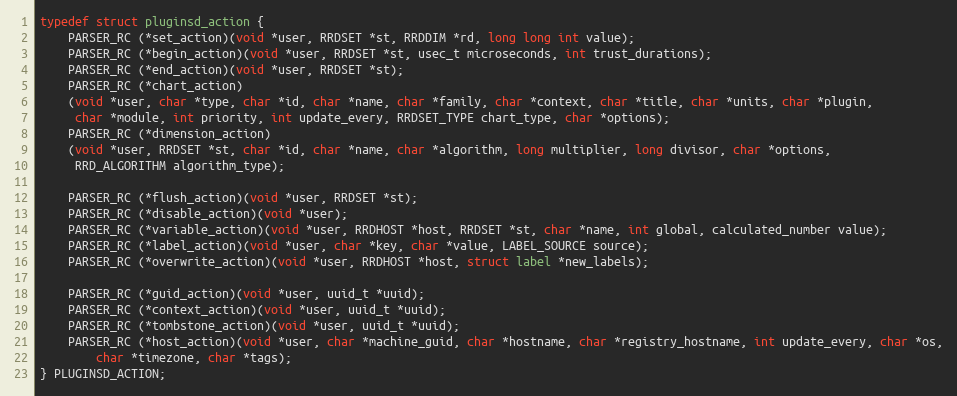
Language: C
typedef struct pluginsd_action {
    PARSER_RC (*set_action)(void *user, RRDSET *st, RRDDIM *rd, long long int value);
    PARSER_RC (*begin_action)(void *user, RRDSET *st, usec_t microseconds, int trust_durations);
    PARSER_RC (*end_action)(void *user, RRDSET *st);
    PARSER_RC (*chart_action)
    (void *user, char *type, char *id, char *name, char *family, char *context, char *title, char *units, char *plugin,
     char *module, int priority, int update_every, RRDSET_TYPE chart_type, char *options);
    PARSER_RC (*dimension_action)
    (void *user, RRDSET *st, char *id, char *name, char *algorithm, long multiplier, long divisor, char *options,
     RRD_ALGORITHM algorithm_type);

    PARSER_RC (*flush_action)(void *user, RRDSET *st);
    PARSER_RC (*disable_action)(void *user);
    PARSER_RC (*variable_action)(void *user, RRDHOST *host, RRDSET *st, char *name, int global, calculated_number value);
    PARSER_RC (*label_action)(void *user, char *key, char *value, LABEL_SOURCE source);
    PARSER_RC (*overwrite_action)(void *user, RRDHOST *host, struct label *new_labels);

    PARSER_RC (*guid_action)(void *user, uuid_t *uuid);
    PARSER_RC (*context_action)(void *user, uuid_t *uuid);
    PARSER_RC (*tombstone_action)(void *user, uuid_t *uuid);
    PARSER_RC (*host_action)(void *user, char *machine_guid, char *hostname, char *registry_hostname, int update_every, char *os,
        char *timezone, char *tags);
} PLUGINSD_ACTION;